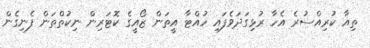
ތިއާ ކުރިއްސުރެ އެހާ ރުޅިގަދަވެފައި ހުއްޓާ އީތަން ޒޯއީގެ ކޮޓަރިން ނިކުތްތަން ފެނިގެން